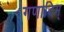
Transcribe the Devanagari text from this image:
गणादिम्